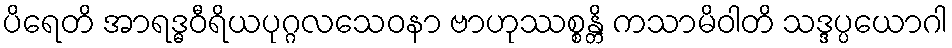
ပိရေတိ အာရဒ္ဓဝီရိယပုဂ္ဂလသေဝနာ ဗာဟုဿစ္စန္တိ ကသာမိဝါတိ သဒ္ဒပ္ပယောဂါ